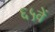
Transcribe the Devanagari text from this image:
६५वें